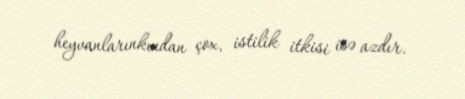
heyvanlarınkından çox, istilik itkisi isə azdır.